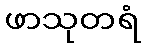
ဖာသုတရံ